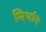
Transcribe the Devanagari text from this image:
मिर्थान